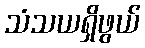
သံသယရှိဖွယ်